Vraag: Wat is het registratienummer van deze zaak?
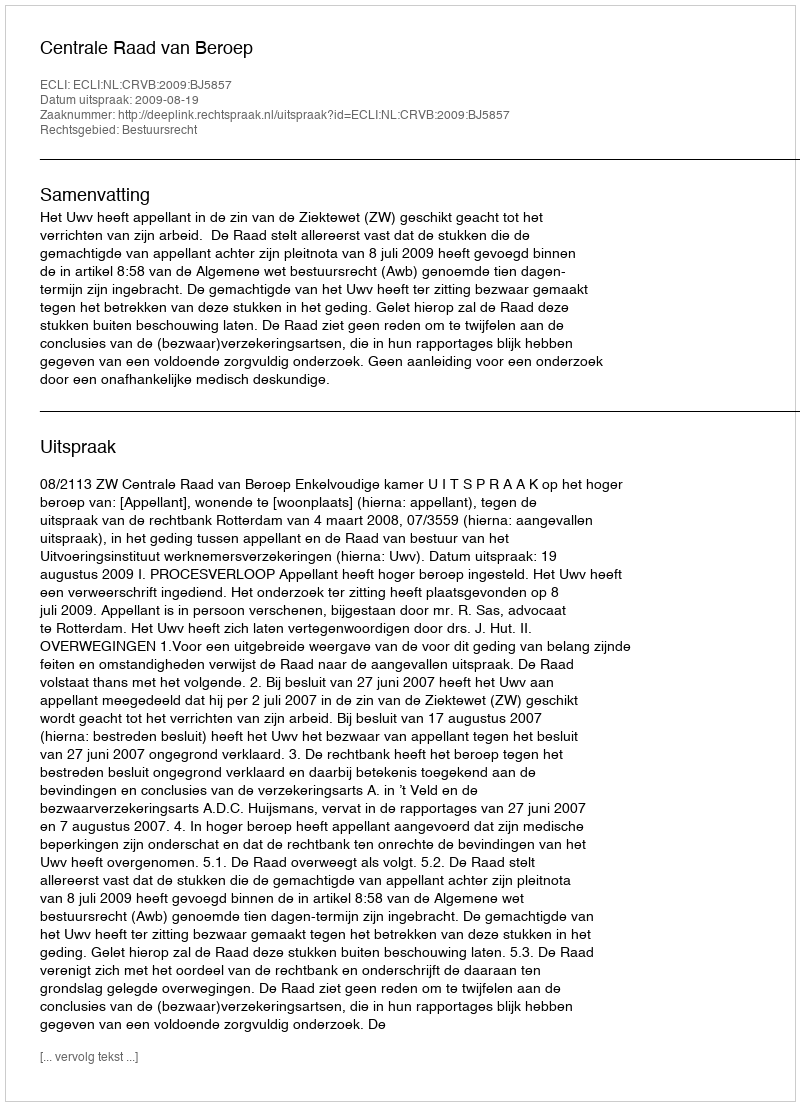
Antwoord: http://deeplink.rechtspraak.nl/uitspraak?id=ECLI:NL:CRVB:2009:BJ5857